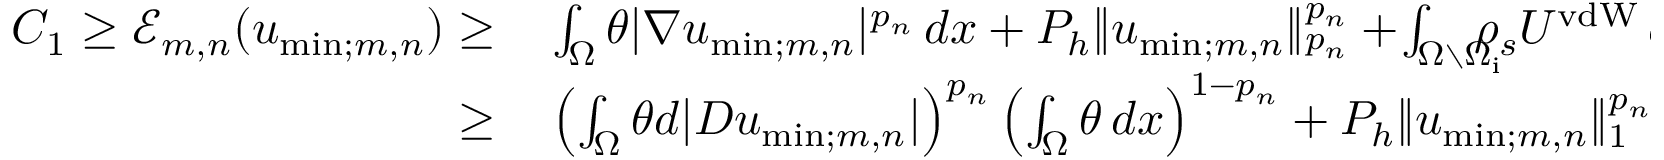
\begin{array} { r l } { C _ { 1 } \geq \mathcal { E } _ { m , n } ( u _ { \mathrm { m i n } ; m , n } ) \geq } & { { } \int _ { \Omega } \theta | \nabla u _ { \mathrm { m i n } ; m , n } | ^ { p _ { n } } \, d x + P _ { h } \| u _ { \mathrm { m i n } ; m , n } \| _ { p _ { n } } ^ { p _ { n } } + \! \int _ { \Omega \setminus \Omega _ { \mathrm { i } } } \! \! \! \! \! \rho _ { s } U ^ { \mathrm { v d W } } \, d x + I _ { \mathrm { p } ; m , n } ( u _ { \mathrm { m i n } ; m , n } , \psi _ { \mathrm { m i n } ; m , n } ) } \\ { \geq } & { { } \left( \int _ { \Omega } \theta d | D u _ { \mathrm { m i n } ; m , n } | \right) ^ { p _ { n } } \left( \int _ { \Omega } \theta \, d x \right) ^ { 1 - { p _ { n } } } + P _ { h } \| u _ { \mathrm { m i n } ; m , n } \| _ { 1 } ^ { p _ { n } } \left( \mathrm { V o l } ( \Omega ) \right) ^ { 1 - { p _ { n } } } + C _ { 2 } , } \end{array}